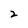
Character: 2